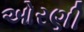
ઓરણી